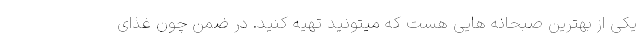
یکی از بهترین صبحانه هایی هست که میتونید تهیه کنید. در ضمن چون غذای